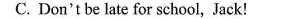
C. Don't be late for school,Jack!